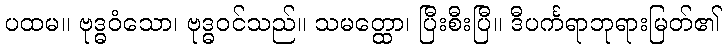
ပထမ။ ဗုဒ္ဓဝံသော၊ ဗုဒ္ဓဝင်သည်။ သမတ္ထော၊ ပြီးစီးပြီ။ ဒီပင်္ကရာဘုရားမြတ်၏